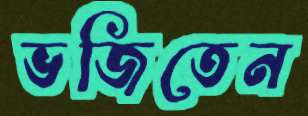
ভজিতেন